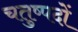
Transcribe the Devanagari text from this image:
चतुष्पदों